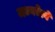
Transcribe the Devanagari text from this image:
मध्यरेल्वे